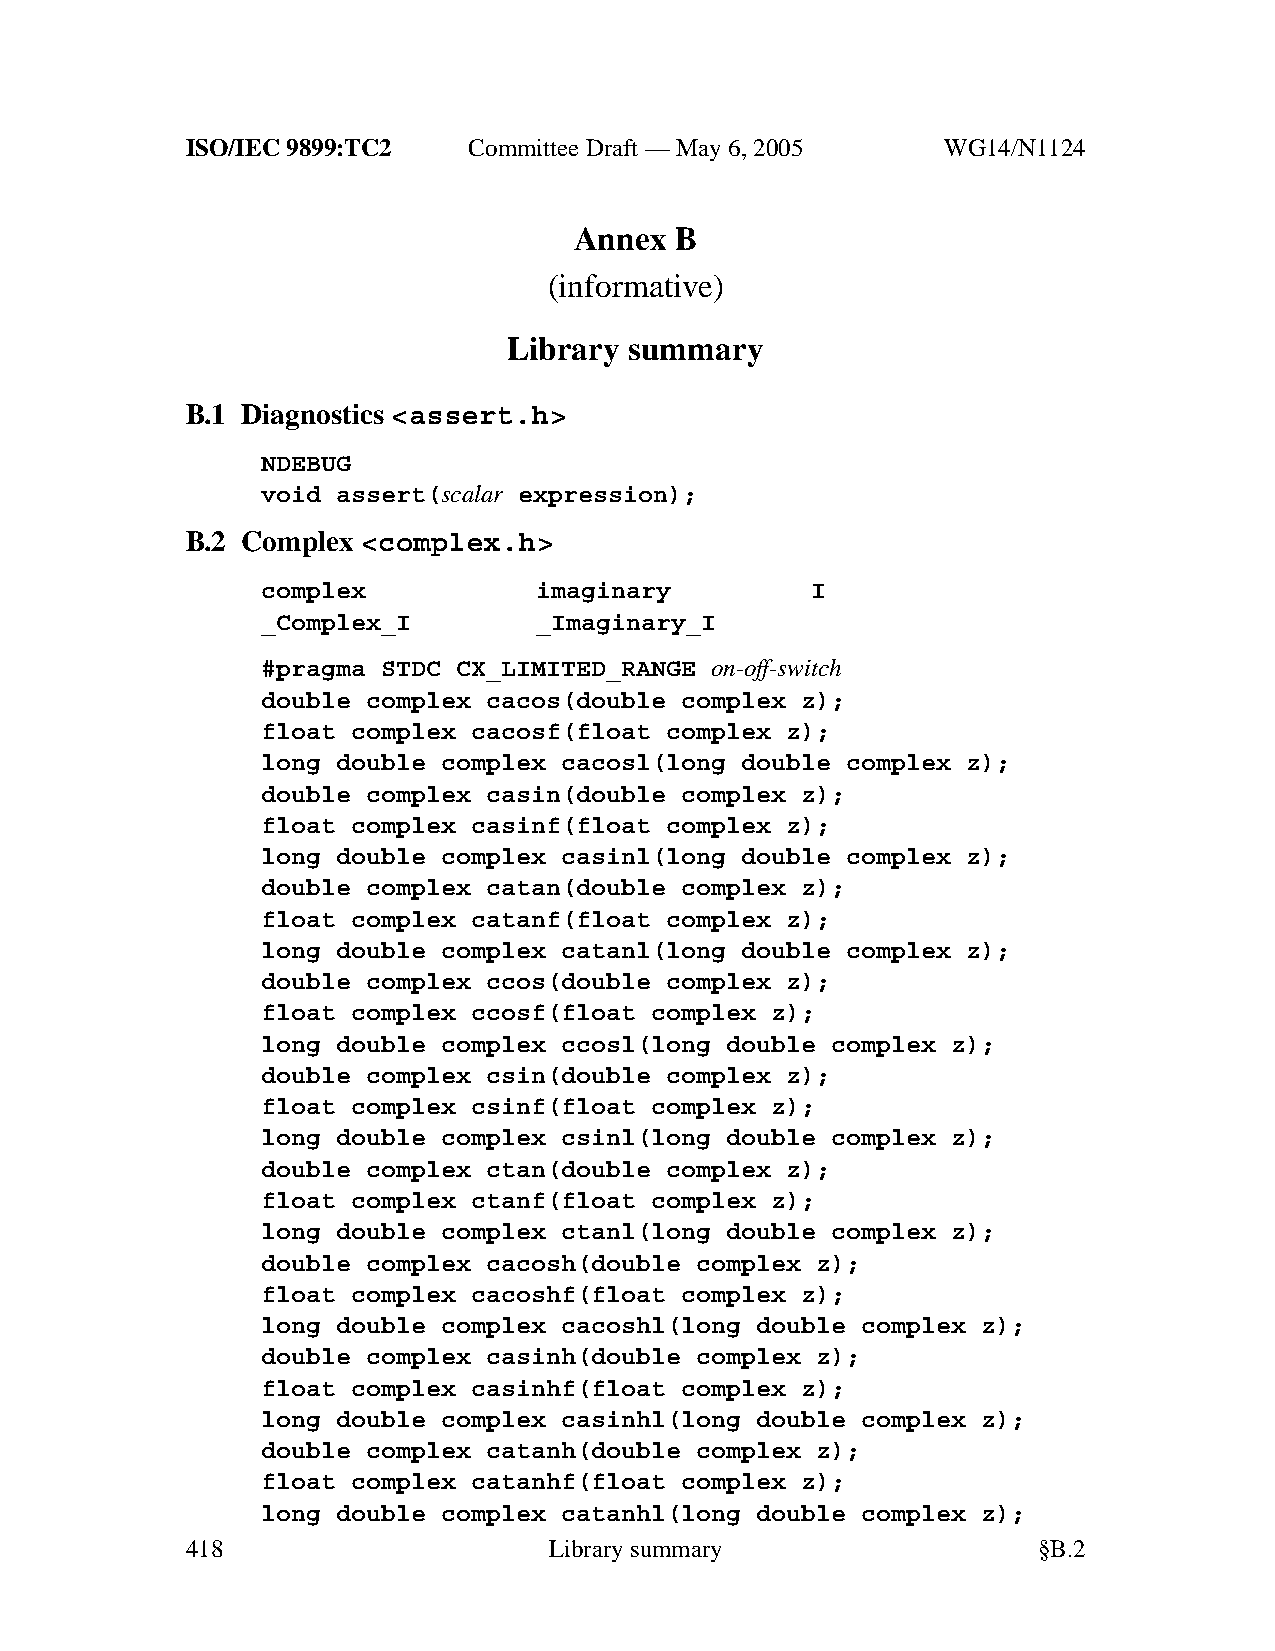
ISO/IEC 9899:TC2   Committee Draft — May 6, 2005   WG14/N1124
 Annex  B
 (informative)
 Library summary
 B.1 Diagnostics <assert.h>
 NDEBUG
 void assert(scalar expression);
 B.2 Complex <complex.h>
 complex           imaginary          I
 _Complex_I        _Imaginary_I
 #pragma STDC CX_LIMITED_RANGE on-off-switch
 double complex cacos(double complex z);
 float complex cacosf(float complex z);
 long double complex cacosl(long double complex z);
 double complex casin(double complex z);
 float complex casinf(float complex z);
 long double complex casinl(long double complex z);
 double complex catan(double complex z);
 float complex catanf(float complex z);
 long double complex catanl(long double complex z);
 double complex ccos(double complex z);
 float complex ccosf(float complex z);
 long double complex ccosl(long double complex z);
 double complex csin(double complex z);
 float complex csinf(float complex z);
 long double complex csinl(long double complex z);
 double complex ctan(double complex z);
 float complex ctanf(float complex z);
 long double complex ctanl(long double complex z);
 double complex cacosh(double complex z);
 float complex cacoshf(float complex z);
 long double complex cacoshl(long double complex z);
 double complex casinh(double complex z);
 float complex casinhf(float complex z);
 long double complex casinhl(long double complex z);
 double complex catanh(double complex z);
 float complex catanhf(float complex z);
 long double complex catanhl(long double complex z);
 418                     Librarysummary                   §B.2